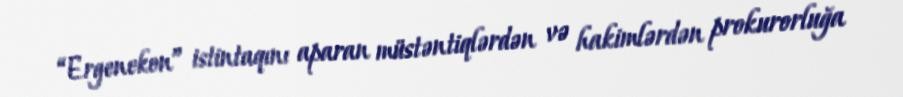
“Ergenekon” istintaqını aparan müstəntiqlərdən və hakimlərdən prokurorluğa